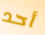
أحد